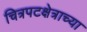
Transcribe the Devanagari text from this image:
चित्रपटक्षेत्राच्या